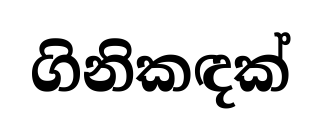
ගිනිකඳක්